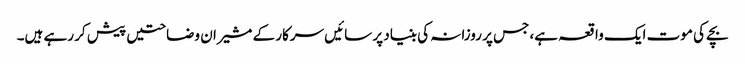
بچے کی موت ایک واقعہ ہے، جس پر روزانہ کی بنیاد پر سائیں سرکار کے مشیران وضاحتیں پیش کر رہے ہیں۔